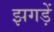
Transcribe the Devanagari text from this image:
झगड़ें